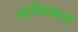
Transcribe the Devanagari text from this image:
आत्मिकता